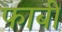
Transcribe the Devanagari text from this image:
फाबी